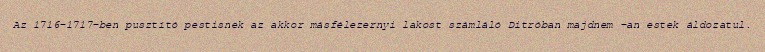
Az 1716–1717-ben pusztító pestisnek az akkor másfélezernyi lakost számláló Ditróban majdnem -an estek áldozatul.